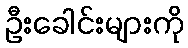
ဦးခေါင်းများကို